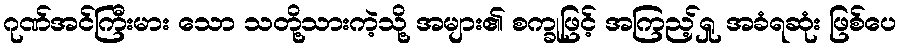
ဂုဏ်အင်ကြီးမား သော သတို့သားကဲ့သို့ အများ၏ စက္ခုဖြင့် အကြည့်ရှု အခံရဆုံး ဖြစ်ပေ